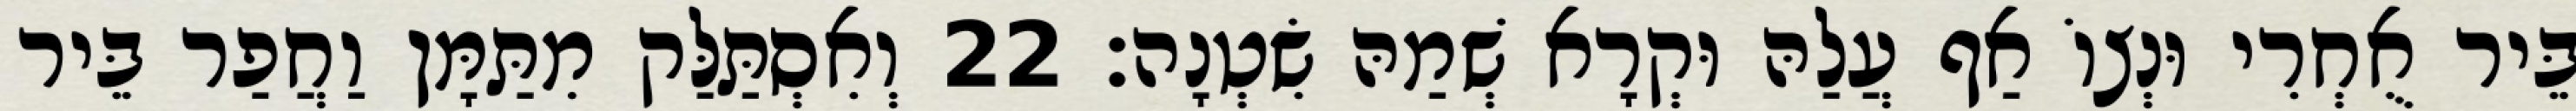
בֵּיר אֻחְרִי וּנְצוֹ אַף עֲלַהּ וּקְרָא שְׁמַהּ שִׂטְנָה׃ 22 וְאִסְתַּלַּק מִתַּמָּן וַחֲפַר בֵּיר